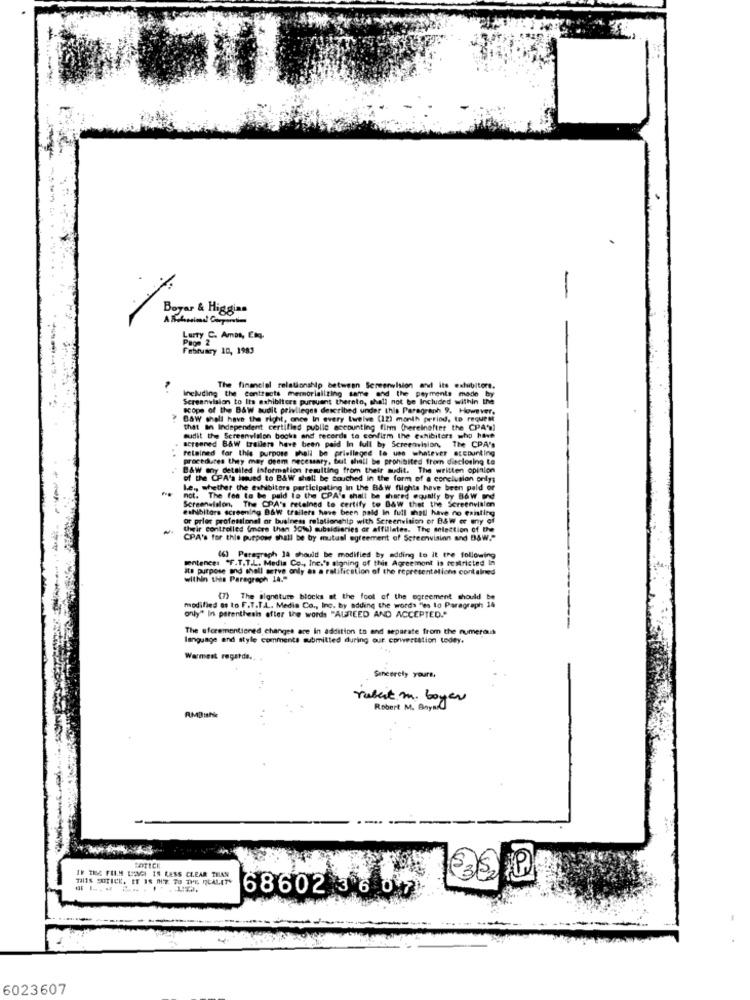
yar & Higgins
Lurty C. Ambs, Enq.
February 10, 1983
The financial relationship between Screenvision and its exhibitors.
Including the contracts memorializing same
Screenvision to Its exhibitors pursuant thereto, shall not be Included within the
scope of the B&W audit privileges described under this Paragraph 9. However.
Baw shall have the right, once In every twelve (12) month period, to request
that an Independent certified public accounting firm (hereinafter the CPA's)
audit the Screenvision books and records to confirm the exhibitors who have
retained for this purpose shall be privileged to use whatever accounting
screened B&W trailers have been paid In full by Screenvision, The CPA's
procedures they mer deem necessary, but shall be prohibited from disclosing ta
BAW any detailed information resulting from their audit. The written opinion
of the CPA's inued to B&W shall be couched in the form of a conclusion onlys
Le ., whether the exhibitors participating in the B&W flights have been paid or
not. The fen to be paid to the CPA's shall be shared equally by B&w and
Screenvision, The CPA's retained to certify to Baw thet the Screenvision
exhibitors screening B&W trailers have been paid in full shall have no existing
or pries professional or business relationship with Screenvision or B&W or any of
their controlled (more then Soto) subsidiaries or affiliates. The selection of the
CPA's for this purpose shall be by mutual agreement of Screenvision and B&W."
tentenen: "F.T.T.L. Media Co ., Inc.'s signing of this Agreement is restricted In
(6) Paragraph 14 should be modified by adding to it tre following
its purpose and shall serve only as a ratification of the representations contained
within this Paragraph 14."
(7) The signature blocks at the fool of the agreement should be
only" In parenthesis after the words "AGREED AND ACCEPTED."
modified as to F.T.T ... Medie Co ., Inc. by adding the words "es to Paragraph 14
The aforementioned changes are In addition to and separate from the numerous
language and style comments submitted during our conversation todey.
Warmest regards.
Sincerely yours,
robert m. boyer
Robert M. Bny ...
BOTICK
IF THE FILM L'AGI IN LESS CLEAR TILAN
THIS SOTICK, ET IS MIZ TU THE REALITY
6860236 07
6023607